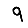
Digit: 9